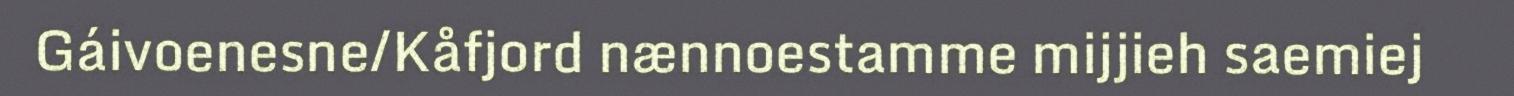
Gáivoenesne/Kåfjord nænnoestamme mijjieh saemiej